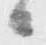
候